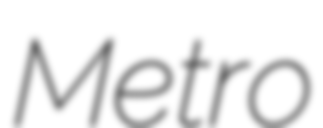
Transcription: Metro